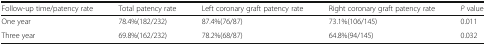
| Follow-up time/patency rate | Total patency rate | Left coronary graft patency rate | Right coronary graft patency rate | P value |
 | --- | --- | --- | --- | --- |
 | One year | 78.4%(182/232) | 87.4%(76/87) | 73.1%(106/145) | 0.011 |
 | Three year | 69.8%(162/232) | 78.2%(68/87) | 64.8%(94/145) | 0.032 |